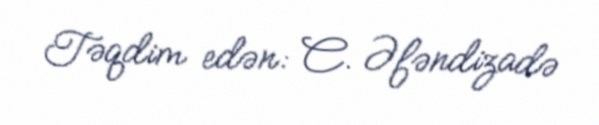
Təqdim edən: C. Əfəndizadə